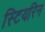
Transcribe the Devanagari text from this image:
स्टियरिन